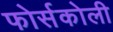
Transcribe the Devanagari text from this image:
फोर्सकोली